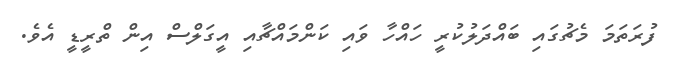
ފުރަތަމަ މެޗުގައި ބައްދަލުކުރީ ހައްހާ ވައި ކަންމައްޗާއި އީގަލްސް އިން ތްރީޑީ އެވެ.